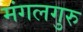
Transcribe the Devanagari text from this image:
मंगलगुरु